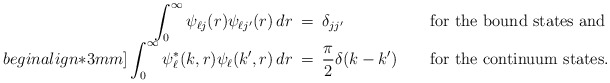
\begin{align*}\begin{array}{r@{\,\,\,=\,\,\,}l@{\qquad}l}\displaystyle\int_0^\infty \psi_{\ell j}(r) \psi_{\ell j'}(r)\,dr & \displaystyle\delta_{jj'} & \mbox{for the bound states and} \\begin{align*}3mm]\displaystyle\int_0^\infty \psi_\ell^*(k,r) \psi_\ell(k',r)\,dr & \displaystyle\frac{\pi}{2}\delta(k-k') & \mbox{for the continuum states.}\end{array}\end{align*}